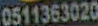
0511363020